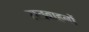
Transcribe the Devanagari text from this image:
सतवाहनों